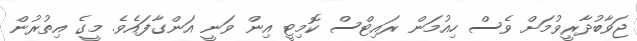
ޖަވާބުދާރީވުމަށް ވެސް ހިއުމަން ރައިޓްސް ކޮމިޓީ އިން ވަނީ އަންގާފައެވެ. މީގެ އިތުރުން